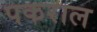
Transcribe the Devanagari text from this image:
पकराल